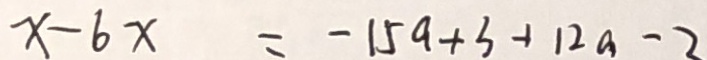
x - 6 x = - 1 5 a + 3 + 1 2 a - 2